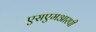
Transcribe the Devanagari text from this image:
एसएमआरपी